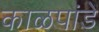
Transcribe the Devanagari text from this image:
काळपांडे